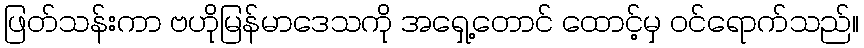
ဖြတ်သန်းကာ ဗဟိုမြန်မာဒေသကို အရှေ့တောင် ထောင့်မှ ဝင်ရောက်သည်။